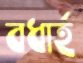
বধার্হ